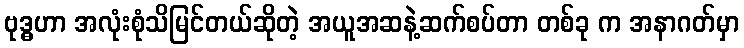
ဗုဒ္ဓဟာ အလုံးစုံသိမြင်တယ်ဆိုတဲ့ အယူအဆနဲ့ဆက်စပ်တာ တစ်ခု က အနာဂတ်မှာ